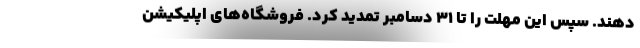
دهند. سپس این مهلت را تا ۳۱ دسامبر تمدید کرد. فروشگاه‌های اپلیکیشن